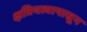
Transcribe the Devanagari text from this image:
क्षत्रियत्वापासून